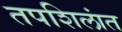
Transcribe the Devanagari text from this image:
तपशिलांत